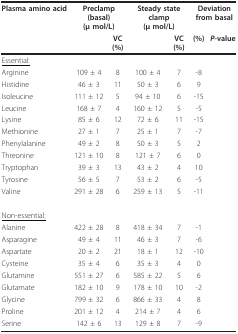
| Plasma amino acid | <COLSPAN=2> Preclamp (basal)(μ mol/L) | <COLSPAN=2> Steady state clamp(μ mol/L) | <COLSPAN=2> Deviationfrom basal |
 |  |  | VC(%) |  | VC(%) | (%) | P-value |
 | --- | --- | --- | --- | --- | --- | --- |
 | <underline>Essential:</underline> |  |  |  |  |  |  |
 | Arginine | 109 ± 4 | 8 | 100 ± 4 | 7 | -8 |  |
 | Histidine | 46 ± 3 | 11 | 50 ± 3 | 6 | 9 |  |
 | Isoleucine | 111 ± 12 | 5 | 94 ± 10 | 6 | -15 |  |
 | Leucine | 168 ± 7 | 4 | 160 ± 12 | 5 | -5 |  |
 | Lysine | 85 ± 6 | 12 | 72 ± 6 | 11 | -15 |  |
 | Methionine | 27 ± 1 | 7 | 25 ± 1 | 7 | -7 |  |
 | Phenylalanine | 49 ± 2 | 8 | 50 ± 3 | 5 | 2 |  |
 | Threonine | 121 ± 10 | 8 | 121 ± 7 | 6 | 0 |  |
 | Tryptophan | 39 ± 3 | 13 | 43 ± 2 | 4 | 10 |  |
 | Tyrosine | 56 ± 5 | 7 | 53 ± 2 | 6 | -5 |  |
 | Valine | 291 ± 28 | 6 | 259 ± 13 | 5 | -11 |  |
 | <underline>Non-essential:</underline> |  |  |  |  |  |  |
 | Alanine | 422 ± 28 | 8 | 418 ± 34 | 7 | -1 |  |
 | Asparagine | 49 ± 4 | 11 | 46 ± 3 | 7 | -6 |  |
 | Aspartate | 20 ± 2 | 21 | 18 ± 1 | 12 | -10 |  |
 | Cysteine | 35 ± 4 | 6 | 35 ± 3 | 4 | 0 |  |
 | Glutamine | 551 ± 27 | 6 | 585 ± 22 | 5 | 6 |  |
 | Glutamate | 182 ± 10 | 9 | 178 ± 10 | 10 | -2 |  |
 | Glycine | 799 ± 32 | 6 | 866 ± 33 | 4 | 8 |  |
 | Proline | 201 ± 12 | 4 | 214 ± 7 | 4 | 6 |  |
 | Serine | 142 ± 6 | 13 | 129 ± 8 | 7 | -9 |  |